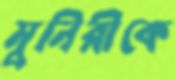
মুনিরীকে